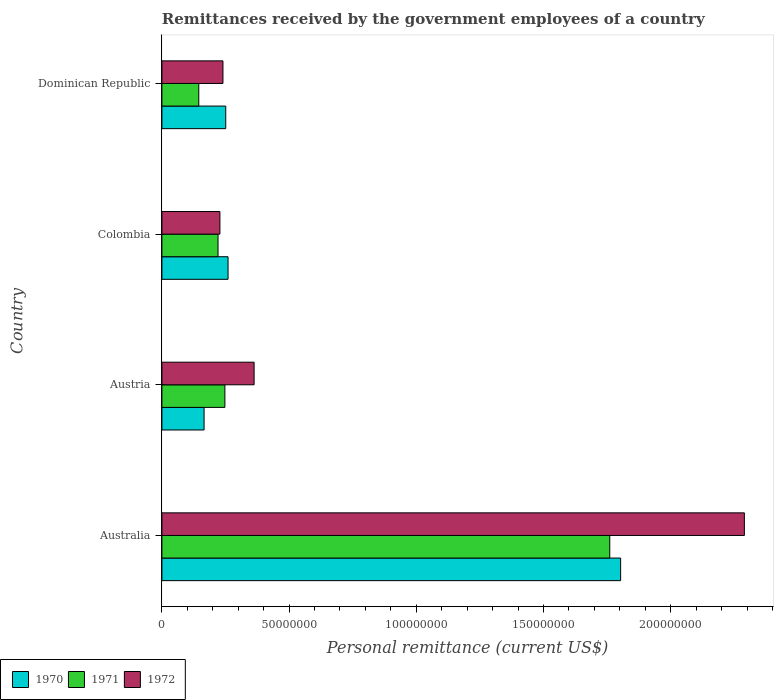
| Country | 1970 | 1971 | 1972 |
 | --- | --- | --- | --- |
 | Australia | 1.8e+08 | 1.76e+08 | 2.29e+08 |
 | Austria | 1.66e+07 | 2.48e+07 | 3.62e+07 |
 | Colombia | 2.6e+07 | 2.21e+07 | 2.28e+07 |
 | Dominican Republic | 2.51e+07 | 1.45e+07 | 2.4e+07 |